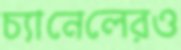
চ্যানেলেরও